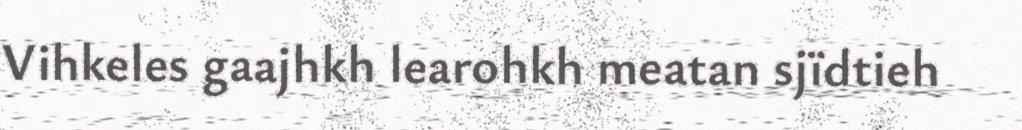
Vihkeles gaajhkh learohkh meatan sjïdtieh